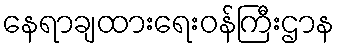
နေရာချထားရေးဝန်ကြီးဌာန